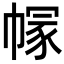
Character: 𢄐